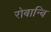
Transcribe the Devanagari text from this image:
रोबान्बि